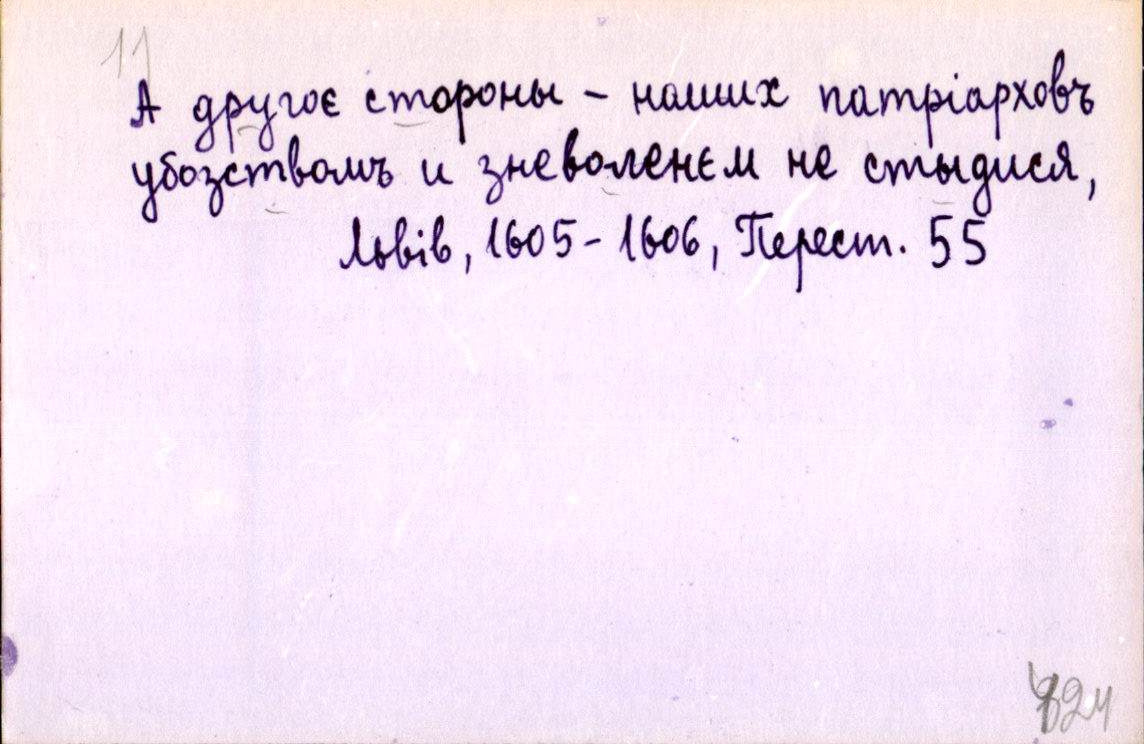
А другоє стороны - наших патріарховъ
убозствомъ и зневоленєм не стыдися,
Львів, 1605-1606, Перест. 55